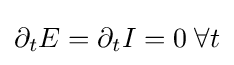
\partial _{t}E=\partial _{t}I=0\;\forall t